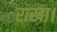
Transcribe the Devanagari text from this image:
राखा।